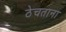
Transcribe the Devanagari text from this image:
ठेचताना